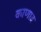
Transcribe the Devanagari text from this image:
काणाद